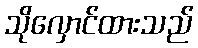
သိုလှောင်ထားသည်